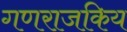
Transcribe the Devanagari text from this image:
गणराजकिय